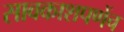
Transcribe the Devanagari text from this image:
सावकाशपणेंच